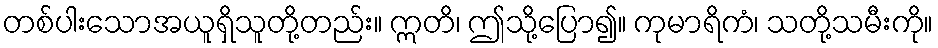
တစ်ပါးသောအယူရှိသူတို့တည်း။ ဣတိ၊ ဤသို့ပြော၍။ ကုမာရိကံ၊ သတို့သမီးကို။